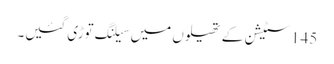
145 سٹیشن کے تھیلوں میں سیلنگ توڑی گئیں۔